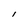
Character: l